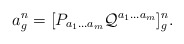
\begin{align*}a^n_g= [P_{a_1 \ldots a_m}{\cal Q}^{a_1 \ldots a_m}]_g^n.\end{align*}